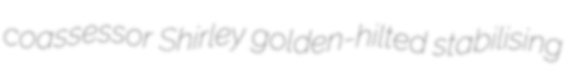
coassessor Shirley golden-hilted stabilising